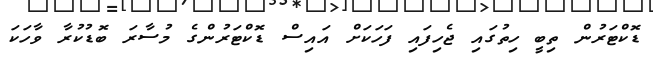
ޑޮކްޓަރުން ތިބީ ހިތުގައި ޖެހިފައި ފަހަކަށް އައިސް ޑޮކްޓަރުންގެ މުސާރަ ބޮޑުކުރާ ވާހަކަ